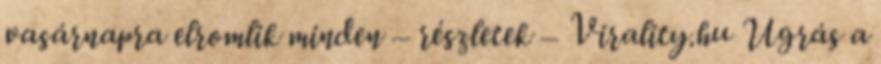
vasárnapra elromlik minden – részletek – Virality.hu Ugrás a